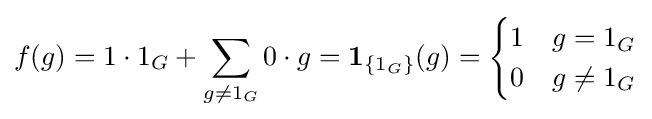
f(g)=1\cdot 1_{G}+\sum _{g\not =1_{G}}0\cdot g=\mathbf {1} _{\{1_{G}\}}(g)={\begin{cases}1&g=1_{G}\\0&g\neq 1_{G}\end{cases}}